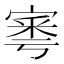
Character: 𡩭